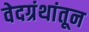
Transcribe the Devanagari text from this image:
वेदग्रंथांतून